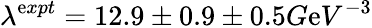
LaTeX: \lambda^{\mathrm{e}xpt}=12.9\pm0.9\pm0.5G\mathrm{e}V^{-3}